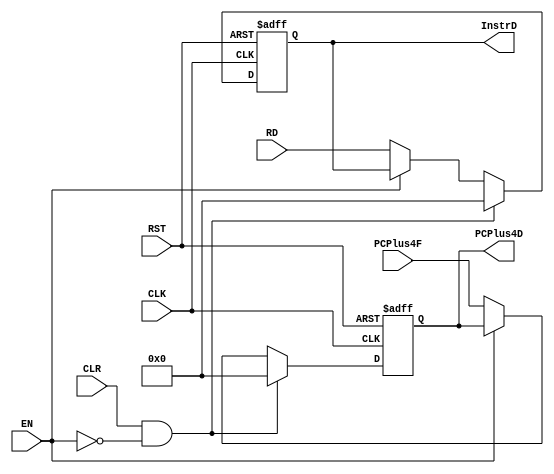
module  reg_decode  #(parameter INPUT_DATA  = 32  ,
                                OUTPUT_DATA = 32)  
(
  input   wire                     CLK,CLR,RST,EN,
  input   wire  [INPUT_DATA-1:0]   PCPlus4F,RD,//InstrF
  output  reg   [OUTPUT_DATA-1:0]  InstrD,PCPlus4D
);
always  @(posedge CLK or negedge RST)
begin 
  if(!RST)
     begin
        PCPlus4D <= 'd0;
        InstrD   <= 'd0;
     end
  else if ( CLR && !EN )
      begin
        PCPlus4D <= 'd0;
        InstrD   <= 'd0;
      end
  else if (!EN)
       begin
        PCPlus4D <= PCPlus4F;
        InstrD   <= RD;
       end    
end

endmodule